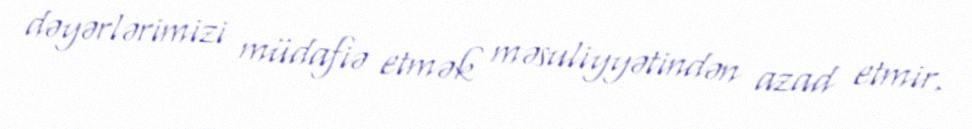
dəyərlərimizi müdafiə etmək məsuliyyətindən azad etmir.